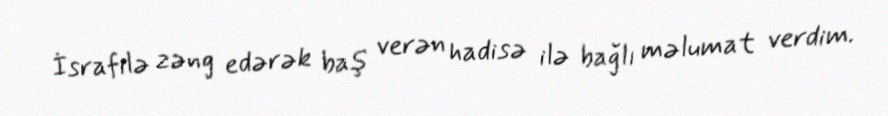
İsrafilə zəng edərək baş verən hadisə ilə bağlı məlumat verdim.